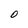
Character: O